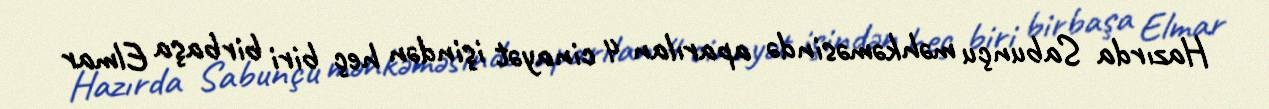
Hazırda Sabunçu məhkəməsində aparılan 4 cinayət işindən heç biri birbaşa Elmar